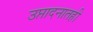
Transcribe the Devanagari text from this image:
उप्तादनातही